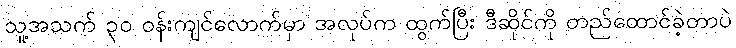
သူ့အသက် ၃၀ ဝန်းကျင်လောက်မှာ အလုပ်က ထွက်ပြီး ဒီဆိုင်ကို တည်ထောင်ခဲ့တာပဲ